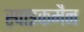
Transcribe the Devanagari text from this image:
स्पाइकमैन